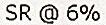
SR @ 6%